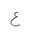
Letter: _ayn